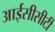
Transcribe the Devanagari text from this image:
आईसीसीटी